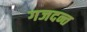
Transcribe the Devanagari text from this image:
गजदन्त